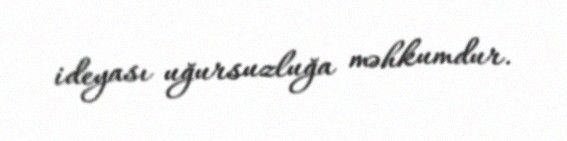
ideyası uğursuzluğa məhkumdur.